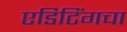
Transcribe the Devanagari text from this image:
एडिटिंगचा